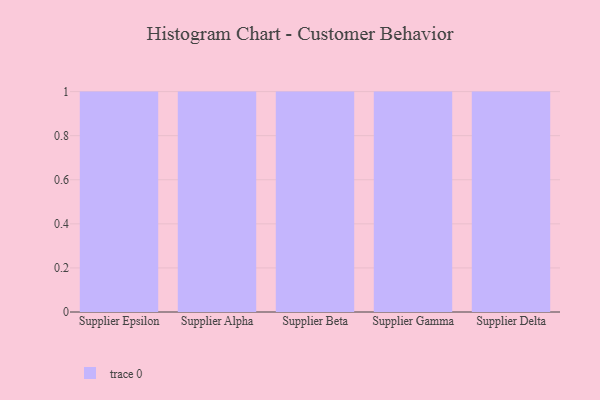
{"axis": {"x": "Supplier", "y": "Customer Acquisition Cost (USD)"}, "legend": [""], "data": [{"x": "Supplier Epsilon", "y": 5, "type": ""}, {"x": "Supplier Alpha", "y": 69, "type": ""}, {"x": "Supplier Beta", "y": 23, "type": ""}, {"x": "Supplier Gamma", "y": 60, "type": ""}, {"x": "Supplier Delta", "y": 35, "type": ""}]}